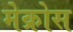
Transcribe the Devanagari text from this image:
मेक्रोस